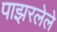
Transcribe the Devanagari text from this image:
पाझरलेले